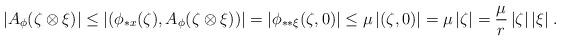
LaTeX: \begin{align*} |A_\phi(\zeta\otimes\xi)|\le|(\phi_{*x}(\zeta),A_\phi(\zeta\otimes\xi))|=|\phi_{**\xi}(\zeta,0)| \le\mu\,|(\zeta,0)|=\mu\,|\zeta|=\frac{\mu}{r}\,|\zeta|\,|\xi|\;. \end{align*}